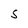
Character: S